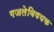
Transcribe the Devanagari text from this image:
गजलेविषयक